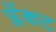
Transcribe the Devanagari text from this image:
प्लेंकट